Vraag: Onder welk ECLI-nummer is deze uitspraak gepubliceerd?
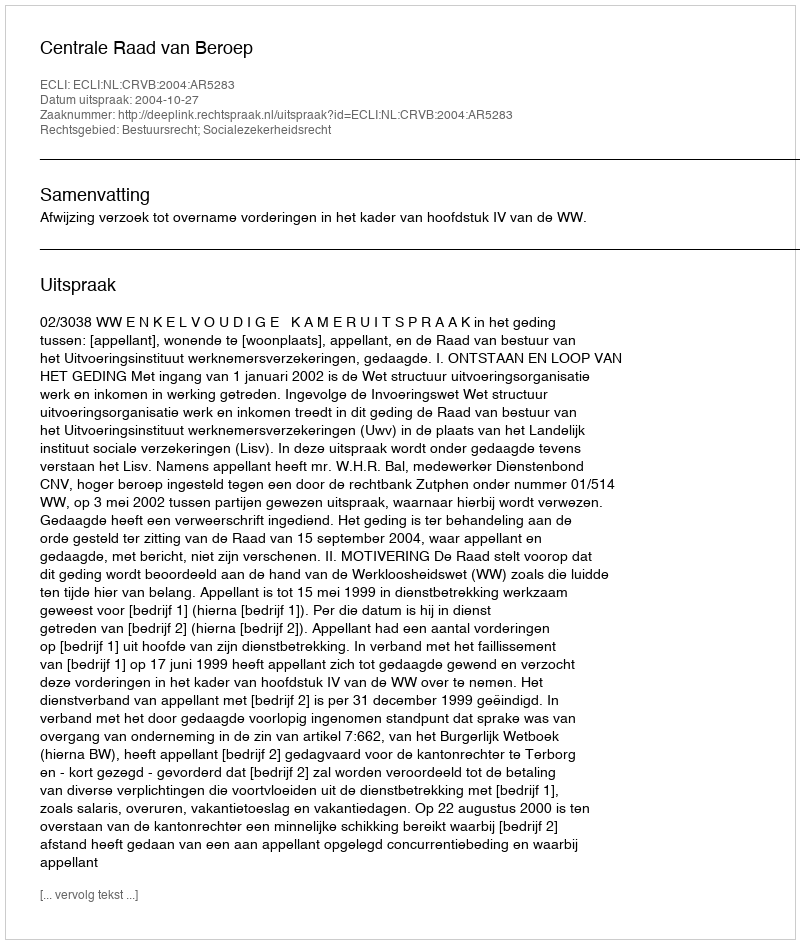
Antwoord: ECLI:NL:CRVB:2004:AR5283